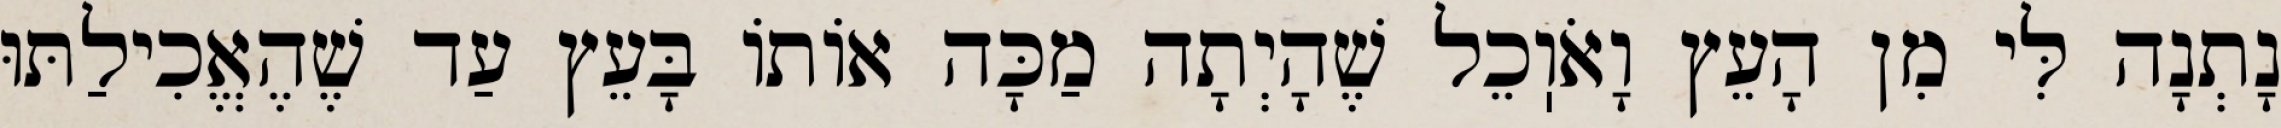
נָתְנָה לִּי מִן הָעֵץ וָאֹוֽכֵל שֶׁהָיְתָה מַכָּה אוֹתוֹ בָּעֵץ עַד שֶׁהֶאֱכִילַתּוּ